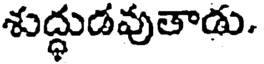
శుద్ధుడవుతాడు.